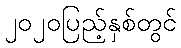
၂၀၂၀ပြည့်နှစ်တွင်